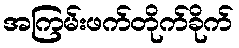
အကြမ်းဖက်တိုက်ခိုက်